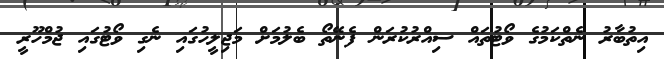
އިތުބާރު ނެތްކަމުގެ ވޯޓުތައް ސިއްރުކުރަން ފެނޭތޯ ބެލުމަށް މަޖިލީހުގައި ނެގި ވޯޓުގައި ޖުމްހޫރީ